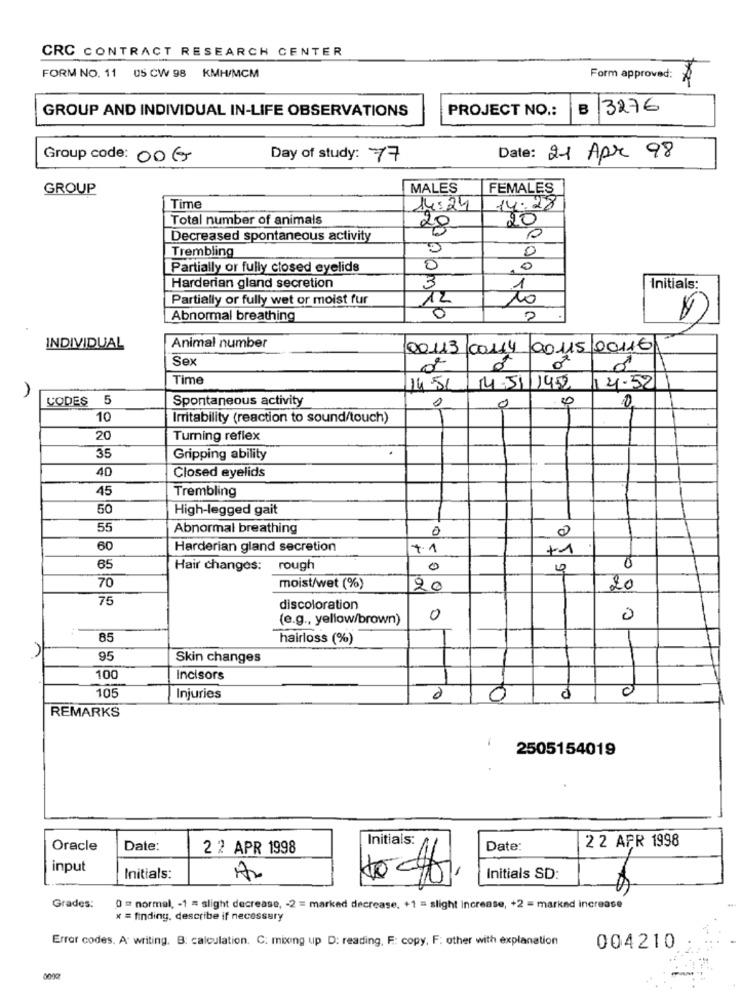
CRC CONTRACT RESEARCH CENTER
FORM NO. 11 05 CW 98 KMH/MCM
Form approved:
GROUP AND INDIVIDUAL IN-LIFE OBSERVATIONS
PROJECT NO .:
B
3276
Group code: 00€
Day of study: 77
Date: 21 Apri 98
GROUP
MALES
FEMALES
Time
14:24
14:28
Total number of animals
20
20
Decreased spontaneous activity
Trembling
0
Partially or fully closed eyelids
0
0
Harderian gland secretion
3
1
Initials:
Partially or fully wet or moist fur
12
10
Abnormal breathing
2
INDIVIDUAL
Animal number
00113
00114
00115 00116
Sex
Time
14.5L
14.51/1955
14.52
CODES 5
Spontaneous activity
0
0
0
10
Irritability (reaction to sound/touch)
20
Turning reflex
35
Gripping ability
40
Closed eyelids
45
Trembling
50
High-legged gait
55
Abnormal breathing
0
0
60
Harderian gland secretion
7.1
+1
65
Hair changes: rough
0
0
70
moist/wet (%)
20
20
75
discoloration
(e.g ., yellow/brown)
0
0
85
hairloss (%)
95
Skin changes
100
Incisors
105
0
Injuries
0
0
REMARKS
2505154019
Initials:
2 2 APR 1998
Oracle
Date:
2 2 APR 1998
Date:
input
Initials:
A2
Initials SD:
Grades:
0 = normal, - 1 = slight decrease, - 2 = marked decrease. +1 = slight increase, +2 = marked increase
x = finding. describe if necessary
Error codes. A writing. B: calculation. C. mixing up D: reading, F: copy, F: other with explanation
004210